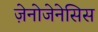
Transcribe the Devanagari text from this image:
ज़ेनोजेनेसिस